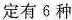
定有6种